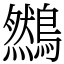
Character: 䳿